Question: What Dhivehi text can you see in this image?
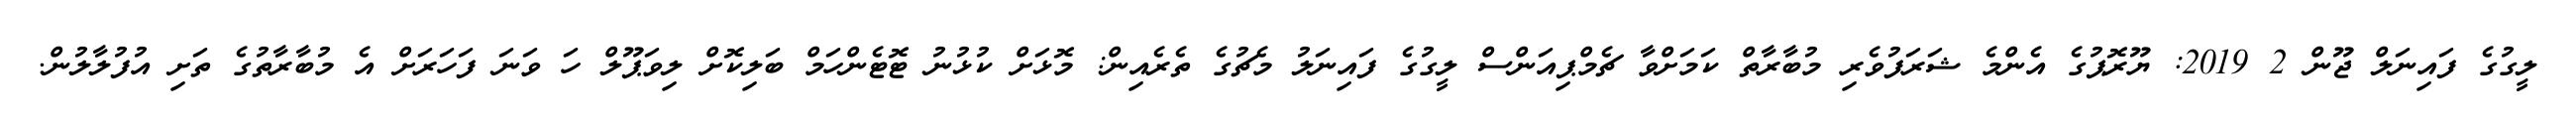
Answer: ލީގުގެ ފައިނަލް ޖޫން 2 2019: ޔޫރޮޕުގެ އެންމެ ޝަރަފުވެރި މުބާރާތް ކަމަށްވާ ޗެމްޕިއަންސް ލީގުގެ ފައިނަލު މެޗުގެ ތެރެއިން: މޮޅަށް ކުޅުނު ޓޮޓެންހަމް ބަލިކޮށް ލިވަޕޫލް ހަ ވަނަ ފަހަރަށް އެ މުބާރާތުގެ ތަށި އުފުލާލުން.